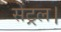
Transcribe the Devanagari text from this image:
सेंट्रल।